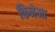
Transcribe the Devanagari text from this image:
किनेमा